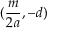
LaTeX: ( { \frac { m } { 2 a } } , - d )